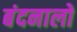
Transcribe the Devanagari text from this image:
बंदनालो